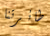
طائرتنا